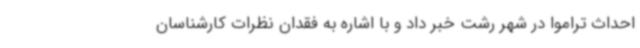
احداث تراموا در شهر رشت خبر داد و با اشاره به فقدان نظرات کارشناسان